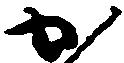
か